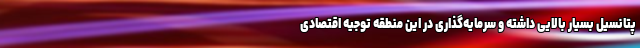
پتانسیل بسیار بالایی داشته و سرمایه‌گذاری در این منطقه توجیه اقتصادی